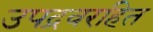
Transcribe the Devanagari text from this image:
उपद्रवरहित